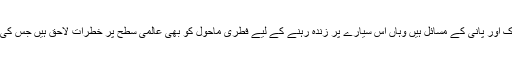
آج جہاں ایک طرف انسا نوں کی وسیع اکثریت کے لیے رہا ئش، خوراک اور پانی کے مسائل ہیں وہاں اس سیارے پر زندہ رہنے کے لیے فطری ماحول کو بھی عالمی سطح پر خطرات لاحق ہیں جس کی بنیادی وجہ ”گلوبل وارمنگ“ یا کرہ ارض کے گرم ہونے کا عمل ہے۔